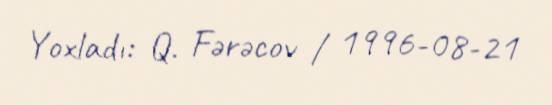
Yoxladı: Q. Fərəcov / 1996-08-21